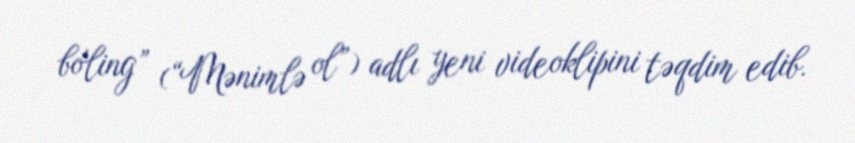
bo'ling” (“Mənimlə ol”) adlı yeni videoklipini təqdim edib.